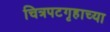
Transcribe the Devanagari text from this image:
चित्रपटगृहाच्या